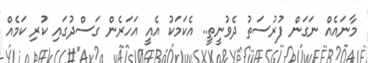
މާނައެއް ނަގަން ފުރުސަތު ދެވުނީތީ.. އެކަމަކު އެއީ އަހަރެން ގަސްދުގައި ކުރި ކަމެއް